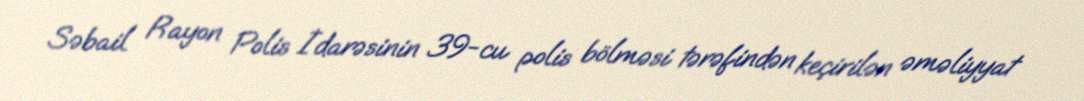
Səbail Rayon Polis İdarəsinin 39-cu polis bölməsi tərəfindən keçirilən əməliyyat